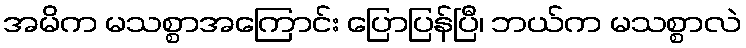
အမိက မသစ္စာအကြောင်း ပြောပြန်ပြီ၊ ဘယ်က မသစ္စာလဲ